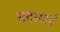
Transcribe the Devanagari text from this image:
सदस्याएँ